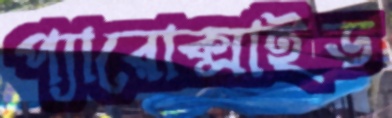
প্যারোক্সাইড